Report on vaccination in Madras 1895-1903 - 1895-1903
Year: 1895
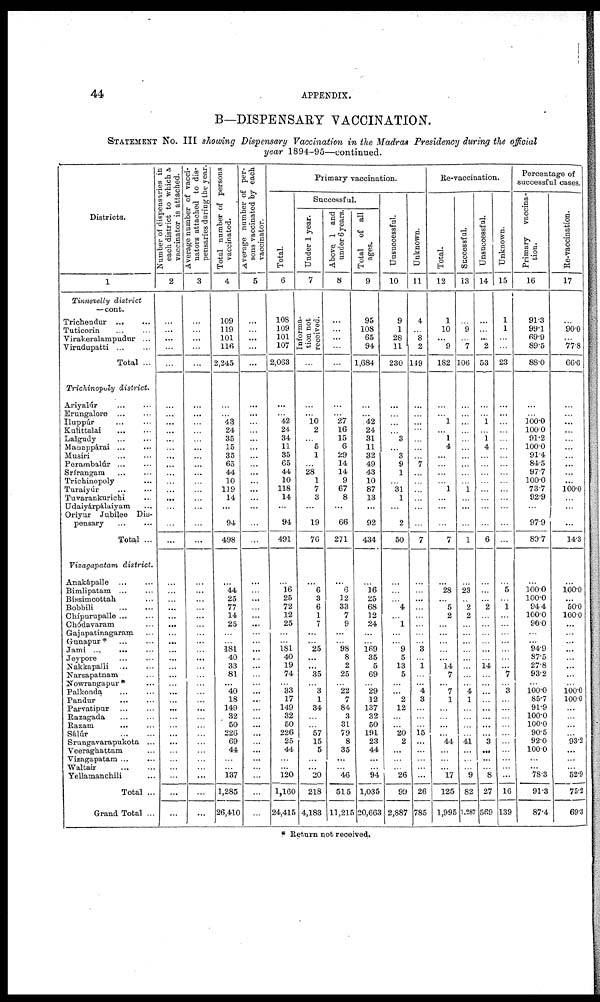
44
APPENDIX.
B—DISPENSARY VACCINATION.
STATEMENT No. III showing Dispensary Vaccination in the Madras Presidency during the official
year 1894-95—continued.
Districts.
1
Tinnevelly district
—cont.
Trichendur
...
...
Tuticorin ... ...
Virakeralampudur ...
Virudupatti
...
...
Total ...
Trichinopoly district.
Ariyalúr
...
...
Erungalore ... ...
Iluppúr ... ...
Kulittalai
...
...
Lalgudy ... ...
Manappárai ... ...
Musiri ... ...
Perambalúr ... ...
Srírangam ... ...
Trichinopoly ...
Turaiyúr ... ...
Tuvarankurichi ...
Udaiyárpálaiyam ...
Oriyur Jubilee Dis-
pensary
Total ...
Vizagapatam
district.
Anakápalle ... ...
Bimlipatam ... ...
Bissimcottah ...
Bobbili
...
...
Chípurupalle ... ...
Chódavaram ...
Gajapatinagaram ...
Gunapur* ... ...
Jami ... ... ...
Jeypore ... ...
Nakkapalli ... ...
Narsapatnam ...
Nowrangapur * ...
Palkonda
...
...
Pandur
...
...
Parvatipur ... ...
Razagada ... ...
Razam
...
...
Sálúr
...
...
Srungavarapukota ...
Veeraghattam ...
Vizagapatam ... ...
Waltair
...
...
Yellamanchili ...
Total ...
Grand Total ...
Number of dispensaries in
each district to which a
vaccinator is attached.
2
...
...
...
...
...
...
...
...
...
...
...
...
...
...
...
...
...
...
...
...
...
...
...
...
...
...
...
...
...
...
...
...
...
...
...
...
...
...
...
...
...
...
...
...
...
...
Average number of vacci-
nators attached to dis-
pensaries during the year.
3
...
...
...
...
...
...
...
...
...
...
...
...
...
...
...
...
...
...
...
...
...
...
...
...
...
...
...
...
...
...
...
...
...
...
...
...
...
...
...
...
...
...
...
...
...
...
Total number of persons
vaccinated.
4
109
119
101
116
2,245
...
...
43 24
35
15
35
65
44
10
119
14
...
94
498
...
44
25
77
14
25
...
...
181
40
33
81
...
40
18
149
32
50
226
69
44
...
...
137
1,285
26,410
Average number of per-
sons vaccinated by each
vaccinator.
5
...
...
...
...
...
...
...
...
...
...
...
...
...
...
...
...
...
...
...
...
...
...
...
...
...
...
...
...
...
...
...
...
...
...
...
...
...
...
...
...
...
...
...
...
...
...
Primary vaccination.
Total.
6
108
109
101
107
2,063
...
... 42
24
34
11
35
65
44
10
118
14
...
94
491
...
16
25
72
12
25
...
...
181
40
19
74
...
33
17
149
32
50
226
25
44
...
...
120
1,160
24,415
Successful.
Under 1 year.
7
Informa-
tion not
received.
...
...
... 10
2
...
5
1
...
28
1
7
3
...
19
76
...
6
3
6
1
7
...
...
25
...
... 35
...
3
1
34
...
...
57
15
5
...
... 20
218
4,183
Above 1 and
under 6 years.
8
...
...
...
...
...
...
...
27
16
15
6
29
14
14
9
67
8
...
66
271
...
6
12
33
7
9
...
...
98
8
2
25
...
22
7
84
3
31
79
8
35
...
...
46
515
11,215
Total of all
ages.
9
95
108
65
94
1,684
...
...
42
24
31
11
32
49
43
10
87
13
...
92
434
...
16
25
68
12
24
...
...
169
35
5
69
...
29
12
137
32
50
191
23
44
...
...
94
1,035
20,663
Unsuccessful.
10
9
1
28
11
230
...
...
...
...
3
...
3
9
1
...
31
1
...
2
50
...
...
...
4
...
1
...
...
9
5
13
5
...
... 2
12
...
...
20
2
...
...
...
26
99
2,887
Unknown.
11
4
...
8
2
149
...
...
...
...
...
...
...
7
...
...
...
...
...
...
7
...
...
...
...
...
...
...
...
3
...
1
...
...
4
3
...
...
...
15
...
...
...
...
...
26
785
Re-vaccination.
Total.
12
1
10
...
9
182
...
...
1
...
1
4
...
...
...
...
1
...
...
...
7
...
28
...
5
2
...
...
...
...
...
14
7
...
7
1
...
...
...
...
44
...
...
...
17
125
1,995
Successful.
13
...
9
...
7
106
...
...
...
...
...
...
...
...
...
...
1
...
...
...
1
...
23
...
2
2
...
...
...
...
...
...
...
...
4
1
...
...
...
...
41
...
...
...
9
82
1,287
Unsuccessful.
14
...
...
...
2
53
...
...
1
...
1
4
...
...
...
...
...
...
...
...
6
...
...
...
2
...
...
...
...
...
...
14
...
...
...
...
...
...
...
... 3
...
...
...
8
27
569
Unknown.
15
1
1
...
...
23
...
...
...
...
...
...
...
...
...
...
...
...
...
...
...
...
5
...
1
...
...
...
...
...
...
...
7
...
3
...
...
...
...
...
...
...
...
...
...
16
139
Percentage of
successful cases.
Primary
vaccina-
tion.
16
91.3
99.1
69.9
89.5
88.0
...
...
100.0
100.0
91.2
100.0
91.4
84.5
97.7
100.0
73.7
92.9
...
97.9
89.7
...
100.0
100.0
94.4
100.0
96.0
...
... 94.9
87.5
27.8
93.2
...
100.0
85.7
91.9
100.0
100.0
90.5
92.0
100.0
...
... 78.3
91.3
87.4
Re-vaccination.
17
...
90.0
...
77.8
66.6
...
...
...
...
...
...
...
...
...
...
100.0
...
...
...
143
...
100.0
...
50.0
100.0
...
...
...
...
...
...
...
...
100.0
100.0
...
...
...
...
93.2
...
...
... 52.9
75.2
693
* Return not received.